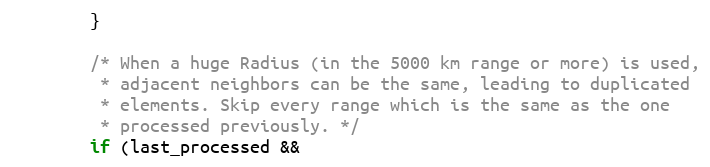
Language: C
        }

        /* When a huge Radius (in the 5000 km range or more) is used,
         * adjacent neighbors can be the same, leading to duplicated
         * elements. Skip every range which is the same as the one
         * processed previously. */
        if (last_processed &&